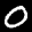
Label: 0